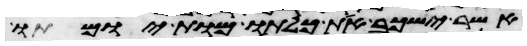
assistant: אשר ישכב את כלתו מות יומתו